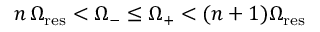
n \, \Omega _ { \mathrm { r e s } } < \Omega _ { - } \leq \Omega _ { + } < ( n + 1 ) \Omega _ { \mathrm { r e s } }